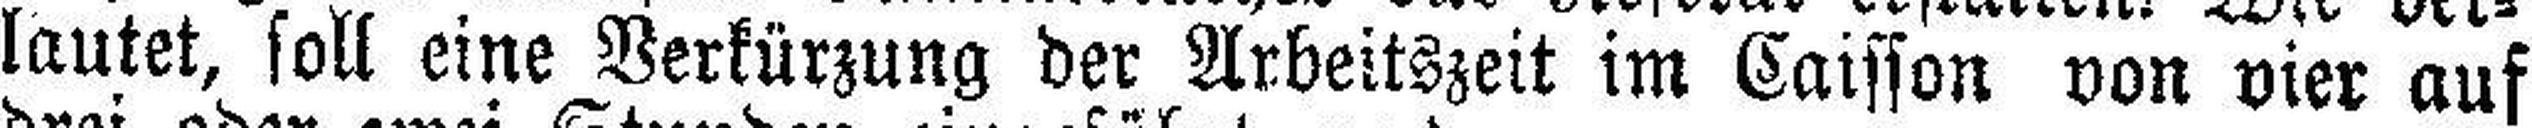
lautet, soll eine Verkürzung der Arbeitszeit im Caisson von vier auf